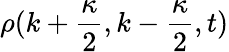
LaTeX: \rho(k+\frac{\kappa}{2},k-\frac{\kappa}{2},t)